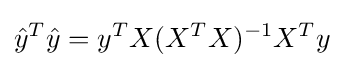
{\hat {y}}^{T}{\hat {y}}=y^{T}X(X^{T}X)^{-1}X^{T}y